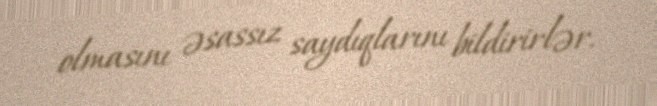
olmasını əsassız saydıqlarını bildirirlər.